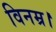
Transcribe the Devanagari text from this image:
विनम्र।